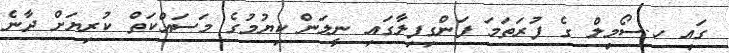
ގައި ހ.ސޯމިލް ގެ ފުރަތަމަ ފަންގިފިލާގައި ނީލަން ކިޔުމުގެ މަސައްކަތް ކުރިޔަށް ދާނެ